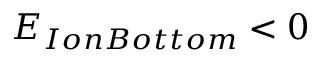
E _ { I o n B o t t o m } < 0